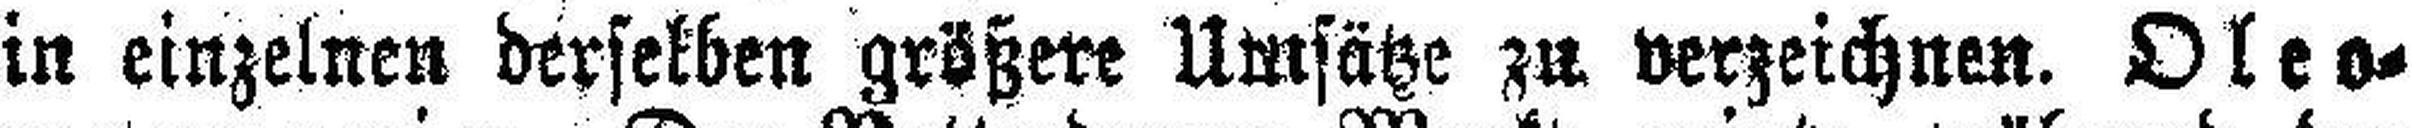
in einzelnen derselben größere Umsätze zu verzeichnen. Oleo¬